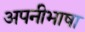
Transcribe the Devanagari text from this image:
अपनीभाषा